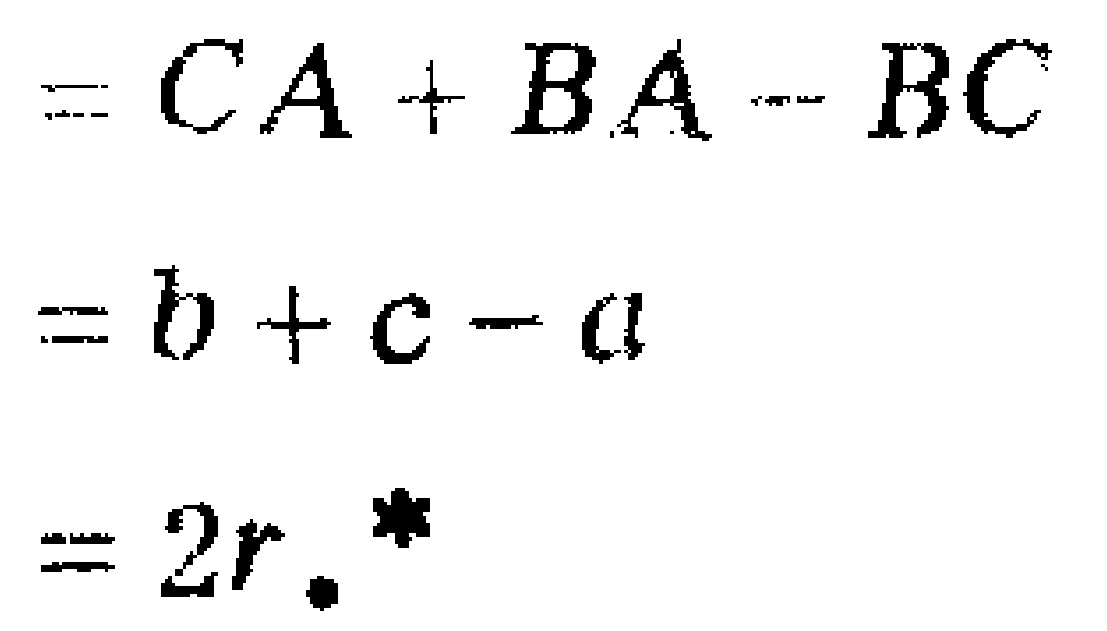
\[

\begin{align*}

&=CA + BA - BC\\

&=b + c - a\\

&=2r.^*

\end{align*}

\]